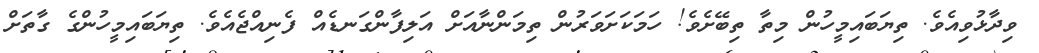
ވިދާޅުވިއެވެ. ތިޔަބައިމީހުން މިތާ ތިބޭށެވެ! ހަމަކަށަވަރުން ތިމަންނާއަށް އަލިފާންގަނޑެއް ފެނިއްޖެއެވެ. ތިޔަބައިމީހުންގެ ގާތަށް